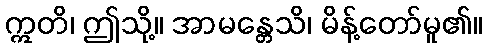
ဣတိ၊ ဤသို့။ အာမန္တေသိ၊ မိန့်တော်မူ၏။